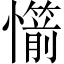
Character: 𢤣